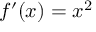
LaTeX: f ^ { \prime } ( x ) = x ^ { 2 }